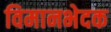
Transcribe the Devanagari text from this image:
विमानभेदक